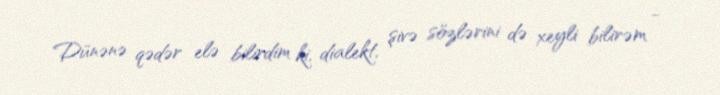
Dünənə qədər elə bilirdim ki, dialekt, şivə sözlərini də xeyli bilirəm -